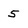
Character: 5